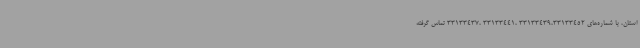
استان، با شماره‌های 33133439،33133452 ،33133441 ،33133437 تماس گرفته